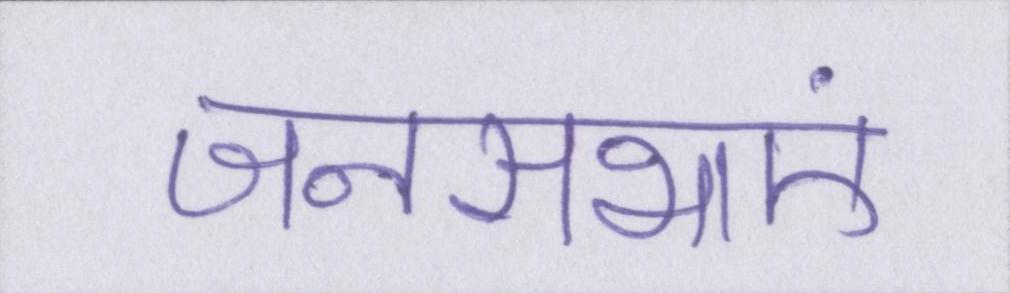
जनसभाएं